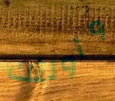
وأولئك